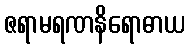
ဇရာမရဏနိရောဓာယ